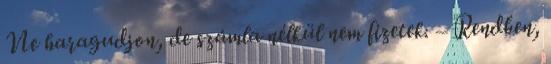
Ne haragudjon, de számla nélkül nem fizetek. – Rendben,